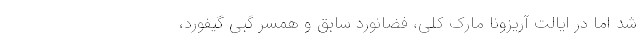
شد اما در ایالت آریزونا مارک کلی، فضانورد سابق و همسر گبی گیفورد،